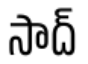
సాద్